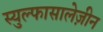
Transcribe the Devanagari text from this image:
स्युल्फासालेज़ीन